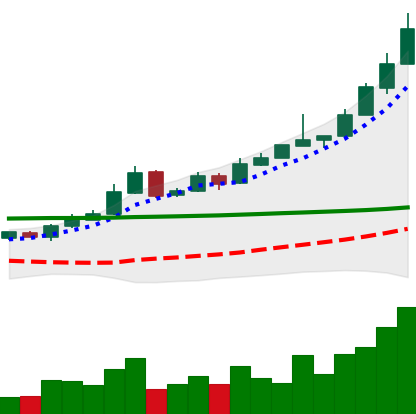
Ticker: BTC-USD
Chart end date: 2015-10-30
Forward return: 25.471%
Label: up_7plus